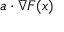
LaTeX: a \cdot \nabla F ( x )